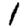
Digit: 1